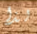
لذا